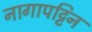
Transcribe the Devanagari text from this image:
नागापट्टिन